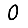
Digit: 0